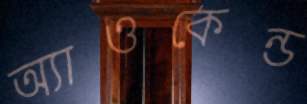
অ্যাওকেন্ড